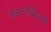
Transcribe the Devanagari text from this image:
डेअरडेव्हिल्सने